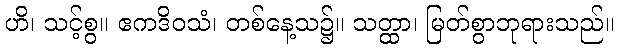
ဟိ၊ သင့်စွ။ ဧကဒိဝသံ၊ တစ်နေ့သ၌။ သတ္ထာ၊ မြတ်စွာဘုရားသည်။